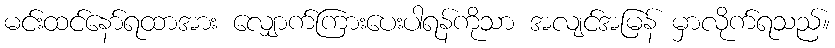
မင်းထင်နော်ရထာအား လျှောက်ကြားပေးပါရန်ကိုသာ အလျင်အမြန် မှာလိုက်ရသည်။